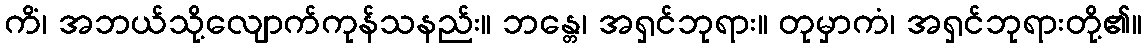
ကိံ၊ အဘယ်သို့လျောက်ကုန်သနည်း။ ဘန္တေ၊ အရှင်ဘုရား။ တုမှာကံ၊ အရှင်ဘုရားတို့၏။